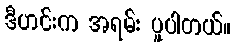
ဒီဟင်းက အရမ်း ပူပါတယ်။